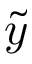
\Tilde { y }